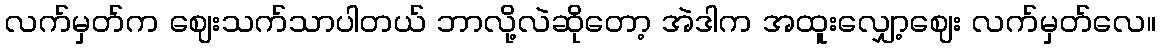
လက်မှတ်က ဈေးသက်သာပါတယ် ဘာလို့လဲဆိုတော့ အဲဒါက အထူးလျှော့ဈေး လက်မှတ်လေ။